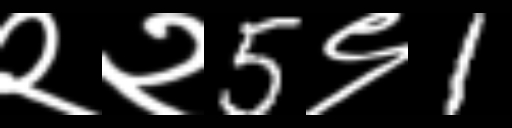
Text: २२5९1